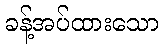
ခန့်အပ်ထားသော